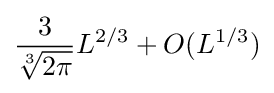
{\frac {3}{\sqrt[{3}]{2\pi }}}L^{2/3}+O(L^{1/3})